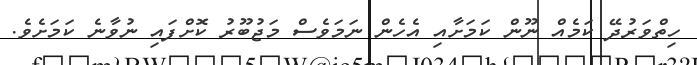
ހިތްވަރުދޭ ކަމެއް ނޫން ކަމަށާއި އެހެން ނަމަވެސް މަޖުބޫރު ކޮށްފައި ނުވާނެ ކަމަށެވެ.